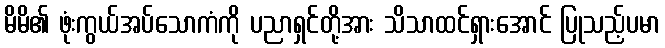
မိမိ၏ ဖုံးကွယ်အပ်သောကံကို ပညာရှင်တို့အား သိသာထင်ရှားအောင် ပြုသည့်ပမာ